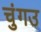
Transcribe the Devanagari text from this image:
चुंगउ